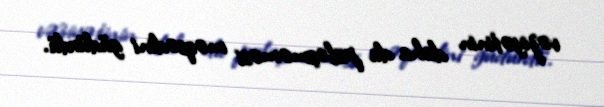
vəziyətinin daha da pisləşməməsi məqsədini güdürdü.